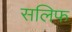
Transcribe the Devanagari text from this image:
सलिफ